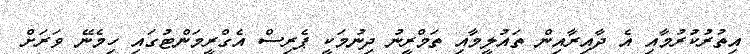
އިތުރުކުރުމާއި އެ ދާއިރާއިން ތައުލީމާއި ތަމްރީނު ދިނުމަކީ ޕެރިސް އެގްރީމަންޓުގައި ހިމެނޭ ވަރަށް